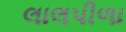
લાલપીળા